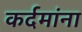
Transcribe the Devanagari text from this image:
कर्दमांना